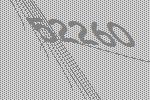
52260